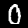
Label: 0